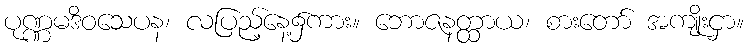
ပုဏ္ဏမဒိဝသေပန၊ လပြည့်နေ့၌ကား။ ဘောဇနတ္ထာယ၊ စားတော် အကျိုးငှာ။